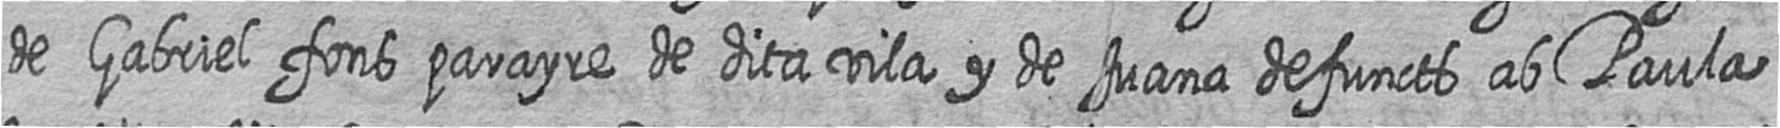
de Gabriel fons parayre de dita vila y de Juana defuncts ab Paula